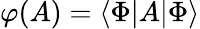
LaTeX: \mathcal{\varphi}(A)=\left\langle\Phi|A|\Phi\right\rangle